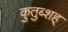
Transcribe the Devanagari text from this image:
कुतुब्शह्